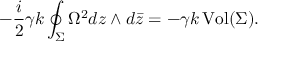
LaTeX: - \frac { i } { 2 } \gamma k \oint _ { \Sigma } \Omega ^ { 2 } d z \wedge d \bar { z } = - \gamma k \, \mathrm { V o l } ( \Sigma ) .